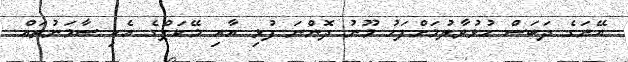
އޭނަގެ ދަބަސް ހުޅުވާލުމަށްފަހު މޫނު ދޮންނަ ފުޅި އާއި މޭކަޕްގެ އެކި ސާމަނުތައް